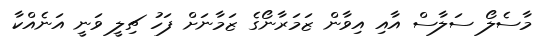
މާސެލޯ ސަލާސް އާއި އިވާން ޒަމަރާނޯގެ ޒަމާނަށް ފަހު ޗިލީ ވަނީ އަނެއްކާ